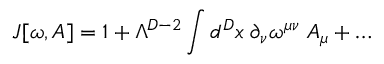
{ \cal J } [ \omega , A ] = 1 + \Lambda ^ { D - 2 } \int d ^ { D } x \; \partial _ { \nu } \omega ^ { \mu \nu } \; A _ { \mu } + \ldots